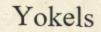
Yokels